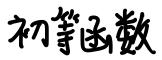
初等函数